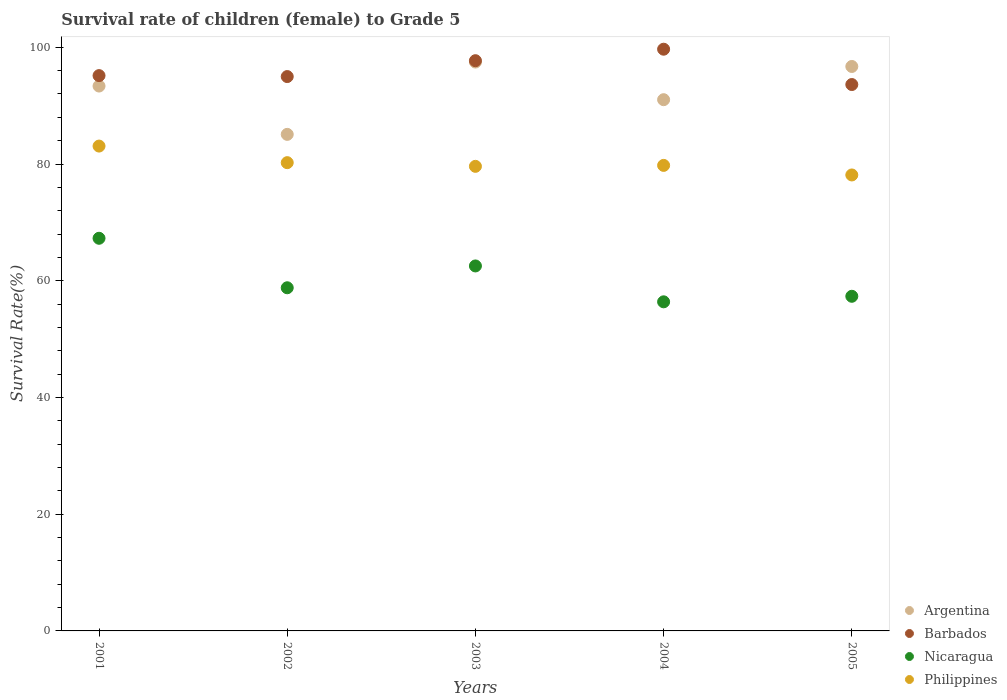
| Years | Argentina | Barbados | Nicaragua | Philippines |
 | --- | --- | --- | --- | --- |
 | 2001 | 93.4 | 95.1 | 67.3 | 83.1 |
 | 2002 | 85.1 | 95 | 58.8 | 80.2 |
 | 2003 | 97.5 | 97.7 | 62.5 | 79.6 |
 | 2004 | 91 | 99.7 | 56.4 | 79.8 |
 | 2005 | 96.7 | 93.6 | 57.3 | 78.1 |